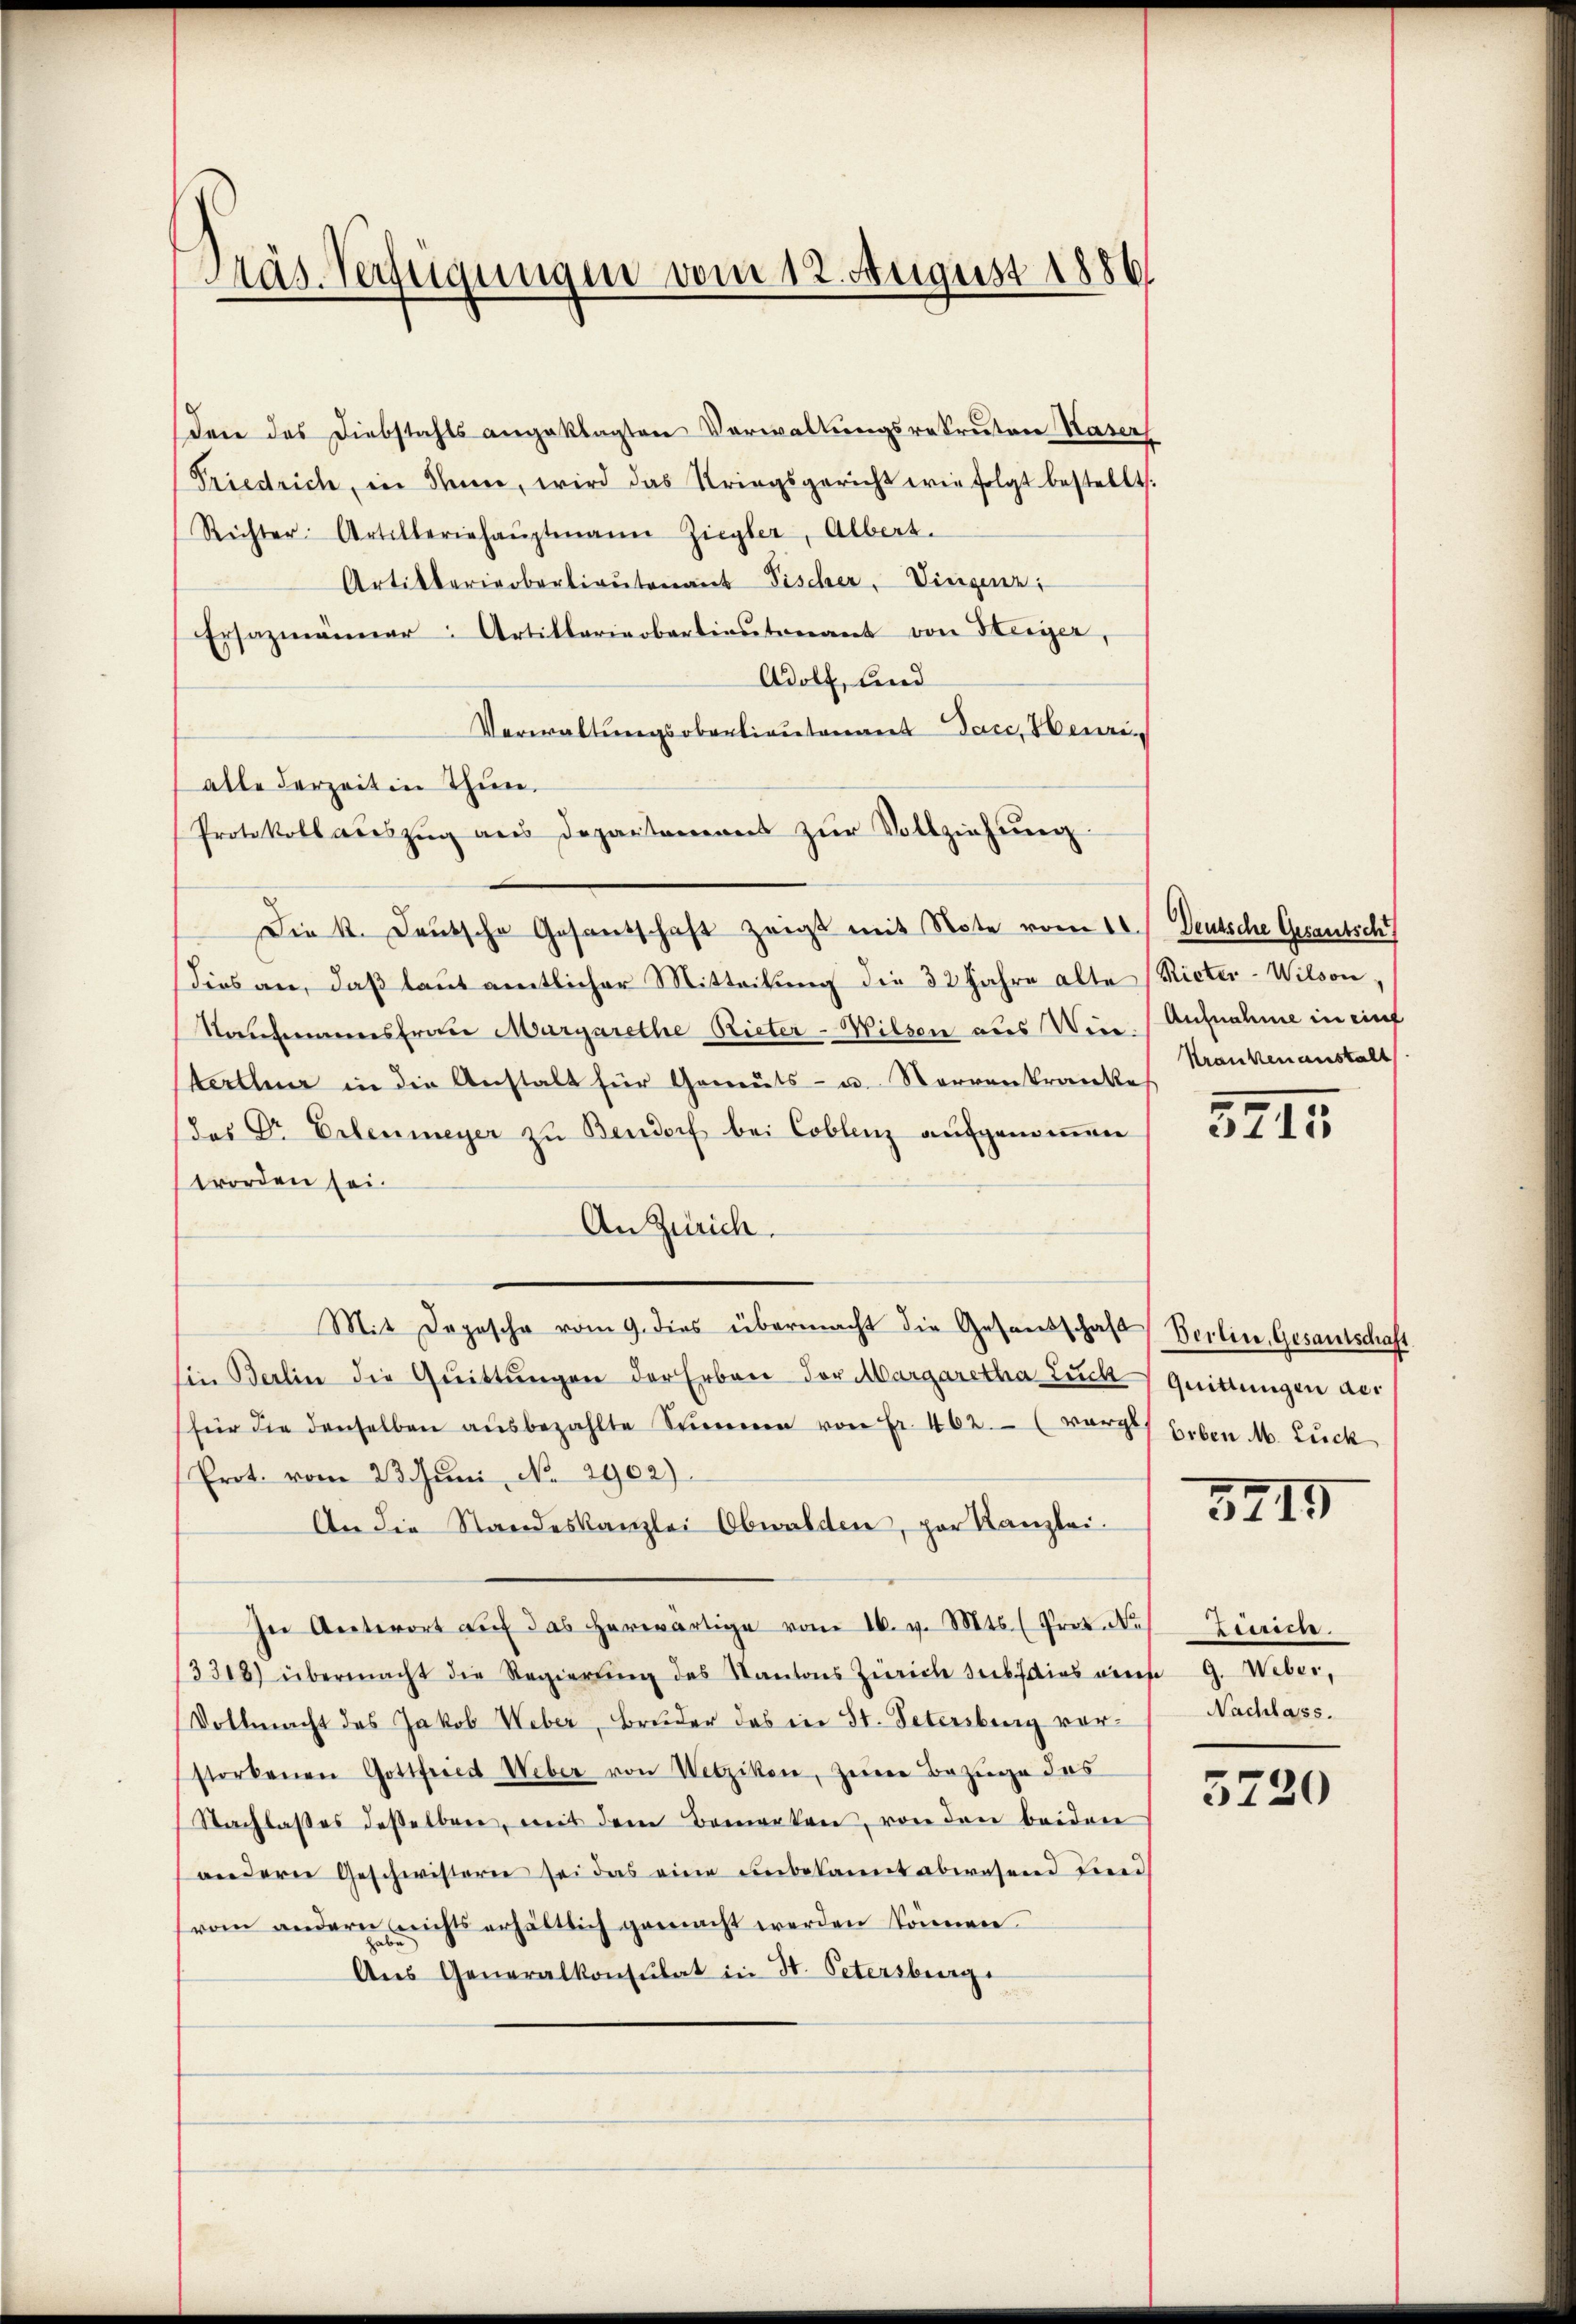
Präs. Verfügungen vom 12. August 1886

den das Diebstahls angeklagten Verwaltungsrekruten Kaser
Friedrich, in Steine, wird das Kriegsgericht wie folgt bestellt:
Richter Artilleriehaŭptmann Ziegler, Albert.
Artikteriebertiautenant Fischer, Dingenz
Ersazmänner Artiklariobartiaŭtenant von Steiger,
Adolf, und
Verwaltungsoberlieutenaus Dace, Henrialle derzeiten Thun.
Protokoll aŭszŭg ans Departemens zŭr Vollziehung
Die K. Deutsche Gesandschaft zeigt mit Note vom 10. Deutsche Gerantsch
dies an, daß laut amtlicher Mitteilung die 32 Jahre alte (Rieter-Wilson
Naufmannsfrau Margarethe Rieter-Wilsen aus Win. Aufnahme in mit
terthun in die Anstalt für Gemüts- u. Nervenkranke
das Dr Erlenmeyer zu Bendorf bei Coblenz aufgenomen
worden sei.
An Zürich.
Mit Depesche vom 9. dies übermacht die Gesandschaft Berlin, Gesantschaft
in Berlin die Quittŭngen der Erben vor Margaretha Zuck, Quittungen der
für die denselben aŭsbezahlte Stimmen von Fr. 462. (vorges Leben M. Lück
Prot. vom 23. Juni, No 2902)
An die Standeskanzlei Obwalden, par Kanzlei.
In Antwort aŭf das herwärtige vom 16. v. Mts. (Prot. No
3318) übermacht die Regierŭng des Kantons Zürich Seebsdias eines G. Weber,
Vollmacht des Jakob Weber, Bruder das in St. Petersberg vorstorbenen Gottfried Weber von Wetzikon, Zeine Bezüge des
(Nachlasses desselben, mit dem Bemerken, von den beiden
(andern Geschwistern sei das eine unbekannt abwesend Kind
vom andern nichts erhältlich gemacht werden können.
Aus Generalkonsulat in St. Petersburg

Krankenanstalt

5715

3715

inn.
Nachlass.

5720